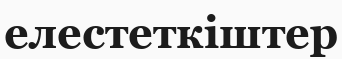
елестеткіштер